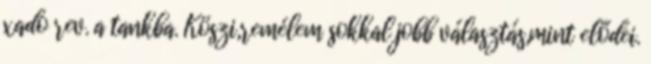
xado rev. a tankba. Köszi,remélem sokkal jobb választás,mint elődei.